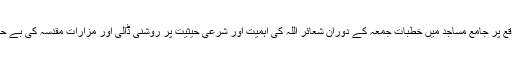
تنظیم کے مرکز الکاظم سے جاری پریس ریلیز کے مطابق اس موقع پر جامع مساجد میں خطبات جمعہ کے دوران شعائر اللہ کی اہمیت اور شرعی حیثیت پر روشنی ڈالی اور مزارات مقدسہ کی بے حرمتی کو مسلم حکمرانوں کی غیرت و حمیت کیلئے چیلنج قرار دیا۔